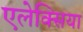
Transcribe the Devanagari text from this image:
एलेक्सिया